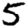
Digit: 5